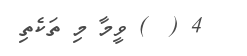
4 (  ) ވީމާ މި ތަކެތި